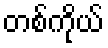
တစ်ကိုယ်